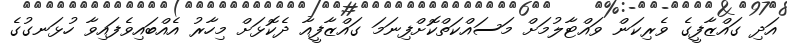
އަދި ގައްޒާފީގެ ވެރިކަން ވައްޓާލުމަށް މަސައްކަތްކޮށްފިނަމަ ގައްޒާފީއާ ދެކޮޅަށް މިހާރު އެއްބައިވެފައިވާ ހުޅަނގުގެ